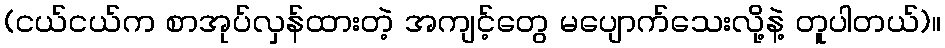
(ငယ်ငယ်က စာအုပ်လှန်ထားတဲ့ အကျင့်တွေ မပျောက်သေးလို့နဲ့ တူပါတယ်)။